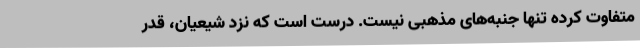
متفاوت کرده تنها جنبه‌های مذهبی نیست. درست است که نزد شیعیان، قدر